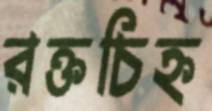
রক্তচিহ্ন